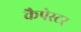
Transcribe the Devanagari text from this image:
कैपेस्टर